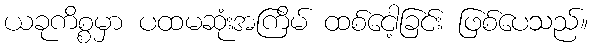
ယခုကိစ္စမှာ ပထမဆုံးအကြိမ် ထစ်ငေါ့ခြင်း ဖြစ်ပေသည်။